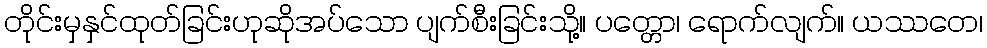
တိုင်းမှနှင်ထုတ်ခြင်းဟုဆိုအပ်သော ပျက်စီးခြင်းသို့။ ပတ္တော၊ ရောက်လျက်။ ယဿတေ၊